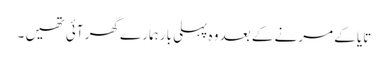
تایا کے مرنے کے بعد وہ پہلی بار ہمارے گھر آئی تھیں ۔